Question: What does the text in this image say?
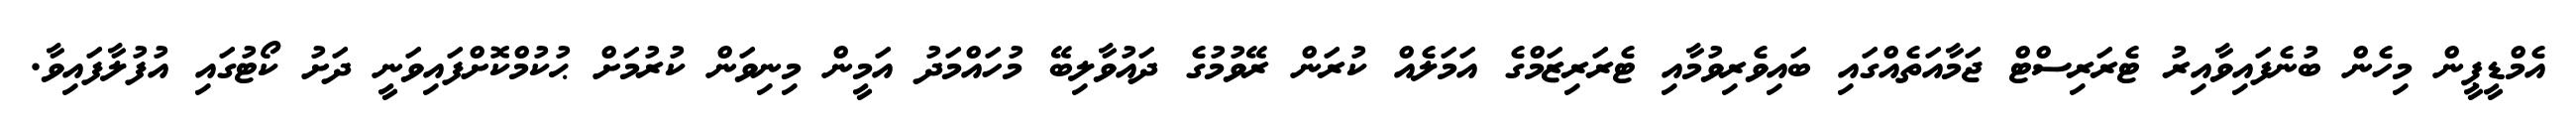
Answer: އެމްޑީޕީން މިހެން ބުނެފައިވާއިރު ޓެރަރިސްޓް ޖަމާއަތެއްގައި ބައިވެރިވުމާއި ޓެރަރިޒަމްގެ އަމަލެއް ކުރަން ރޭވުމުގެ ދައުވާލިބޭ މުހައްމަދު އަމީން މިނިވަން ކުރުމަށް ޙުކުމްކޮށްފައިވަނީ ދަށު ކޯޓުގައި އުފުލާފައިވާ.